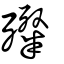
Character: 殩